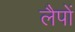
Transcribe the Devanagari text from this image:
लैपों